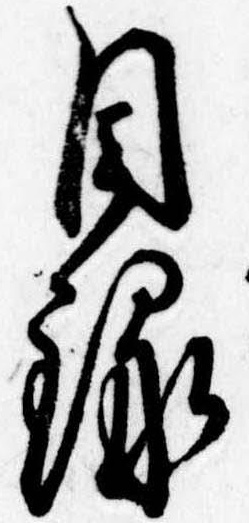
目録